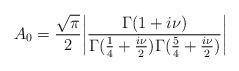
LaTeX: \begin{align*}A_0={\sqrt\pi\over2}\bigg|\frac{\Gamma(1+i\nu)}{\Gamma({1\over4}+{i\nu\over2})\Gamma({5\over4}+{i\nu\over2})}\bigg|\end{align*}